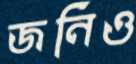
জনিও